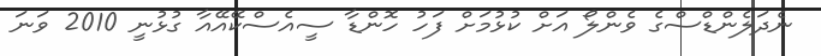
ނެދަލެންޑްސްގެ ވެންލޯ އަށް ކުޅުމަށް ފަހު ހޮންޑާ ސީއެސްކޭއޭއާ ގުޅުނީ 2010 ވަނަ